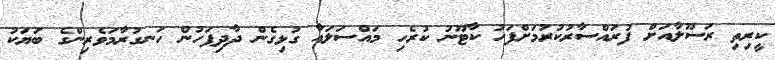
ކީރިތި ރަސޫލާއަށް ފުރައްސާރުކުރުމަށްފަހު ކާޓޫނު ކުރެހި މައްސަލައާ ގުޅިގެން ދާދިފަހުން ހަނގުރާމަވެރިންގެ ބަޔަކު